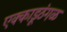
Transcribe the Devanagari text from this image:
एक्काडूठंगळ